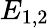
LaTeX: E_{1,2}